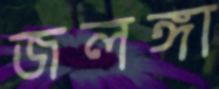
জলঙ্গা